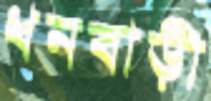
ধনবাড়ী